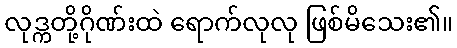
လုဒ္ကတို့ဂိုဏ်းထဲ ရောက်လုလု ဖြစ်မိသေး၏။